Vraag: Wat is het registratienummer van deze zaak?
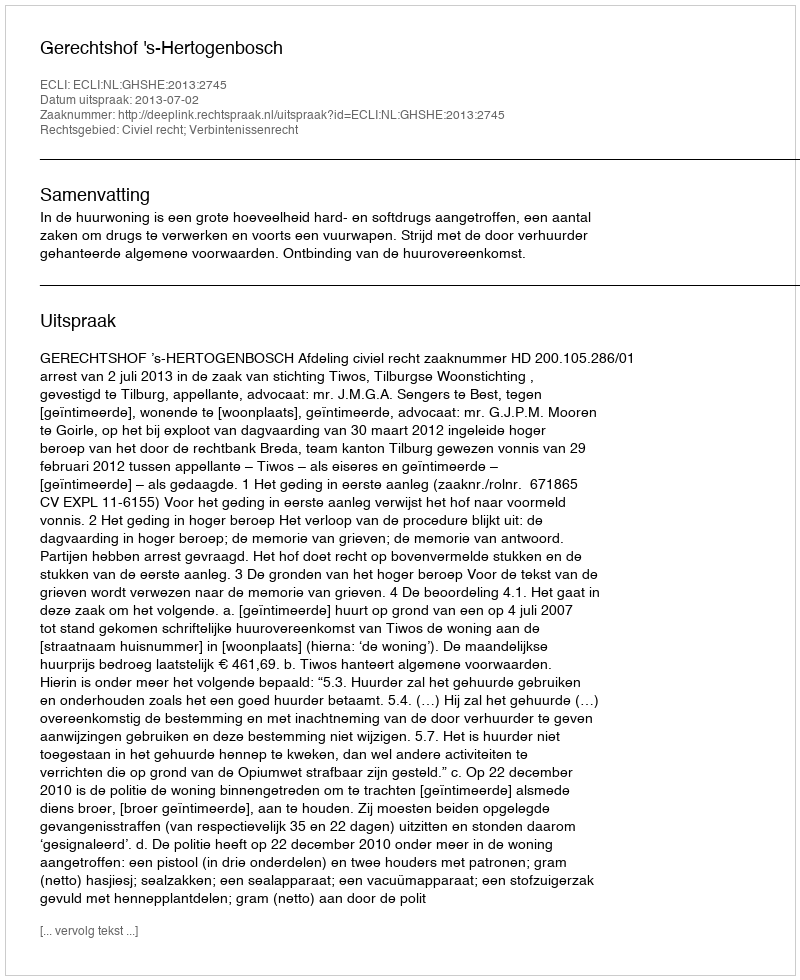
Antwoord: http://deeplink.rechtspraak.nl/uitspraak?id=ECLI:NL:GHSHE:2013:2745